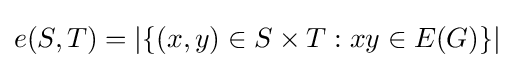
e(S,T)=|\{(x,y)\in S\times T:xy\in E(G)\}|